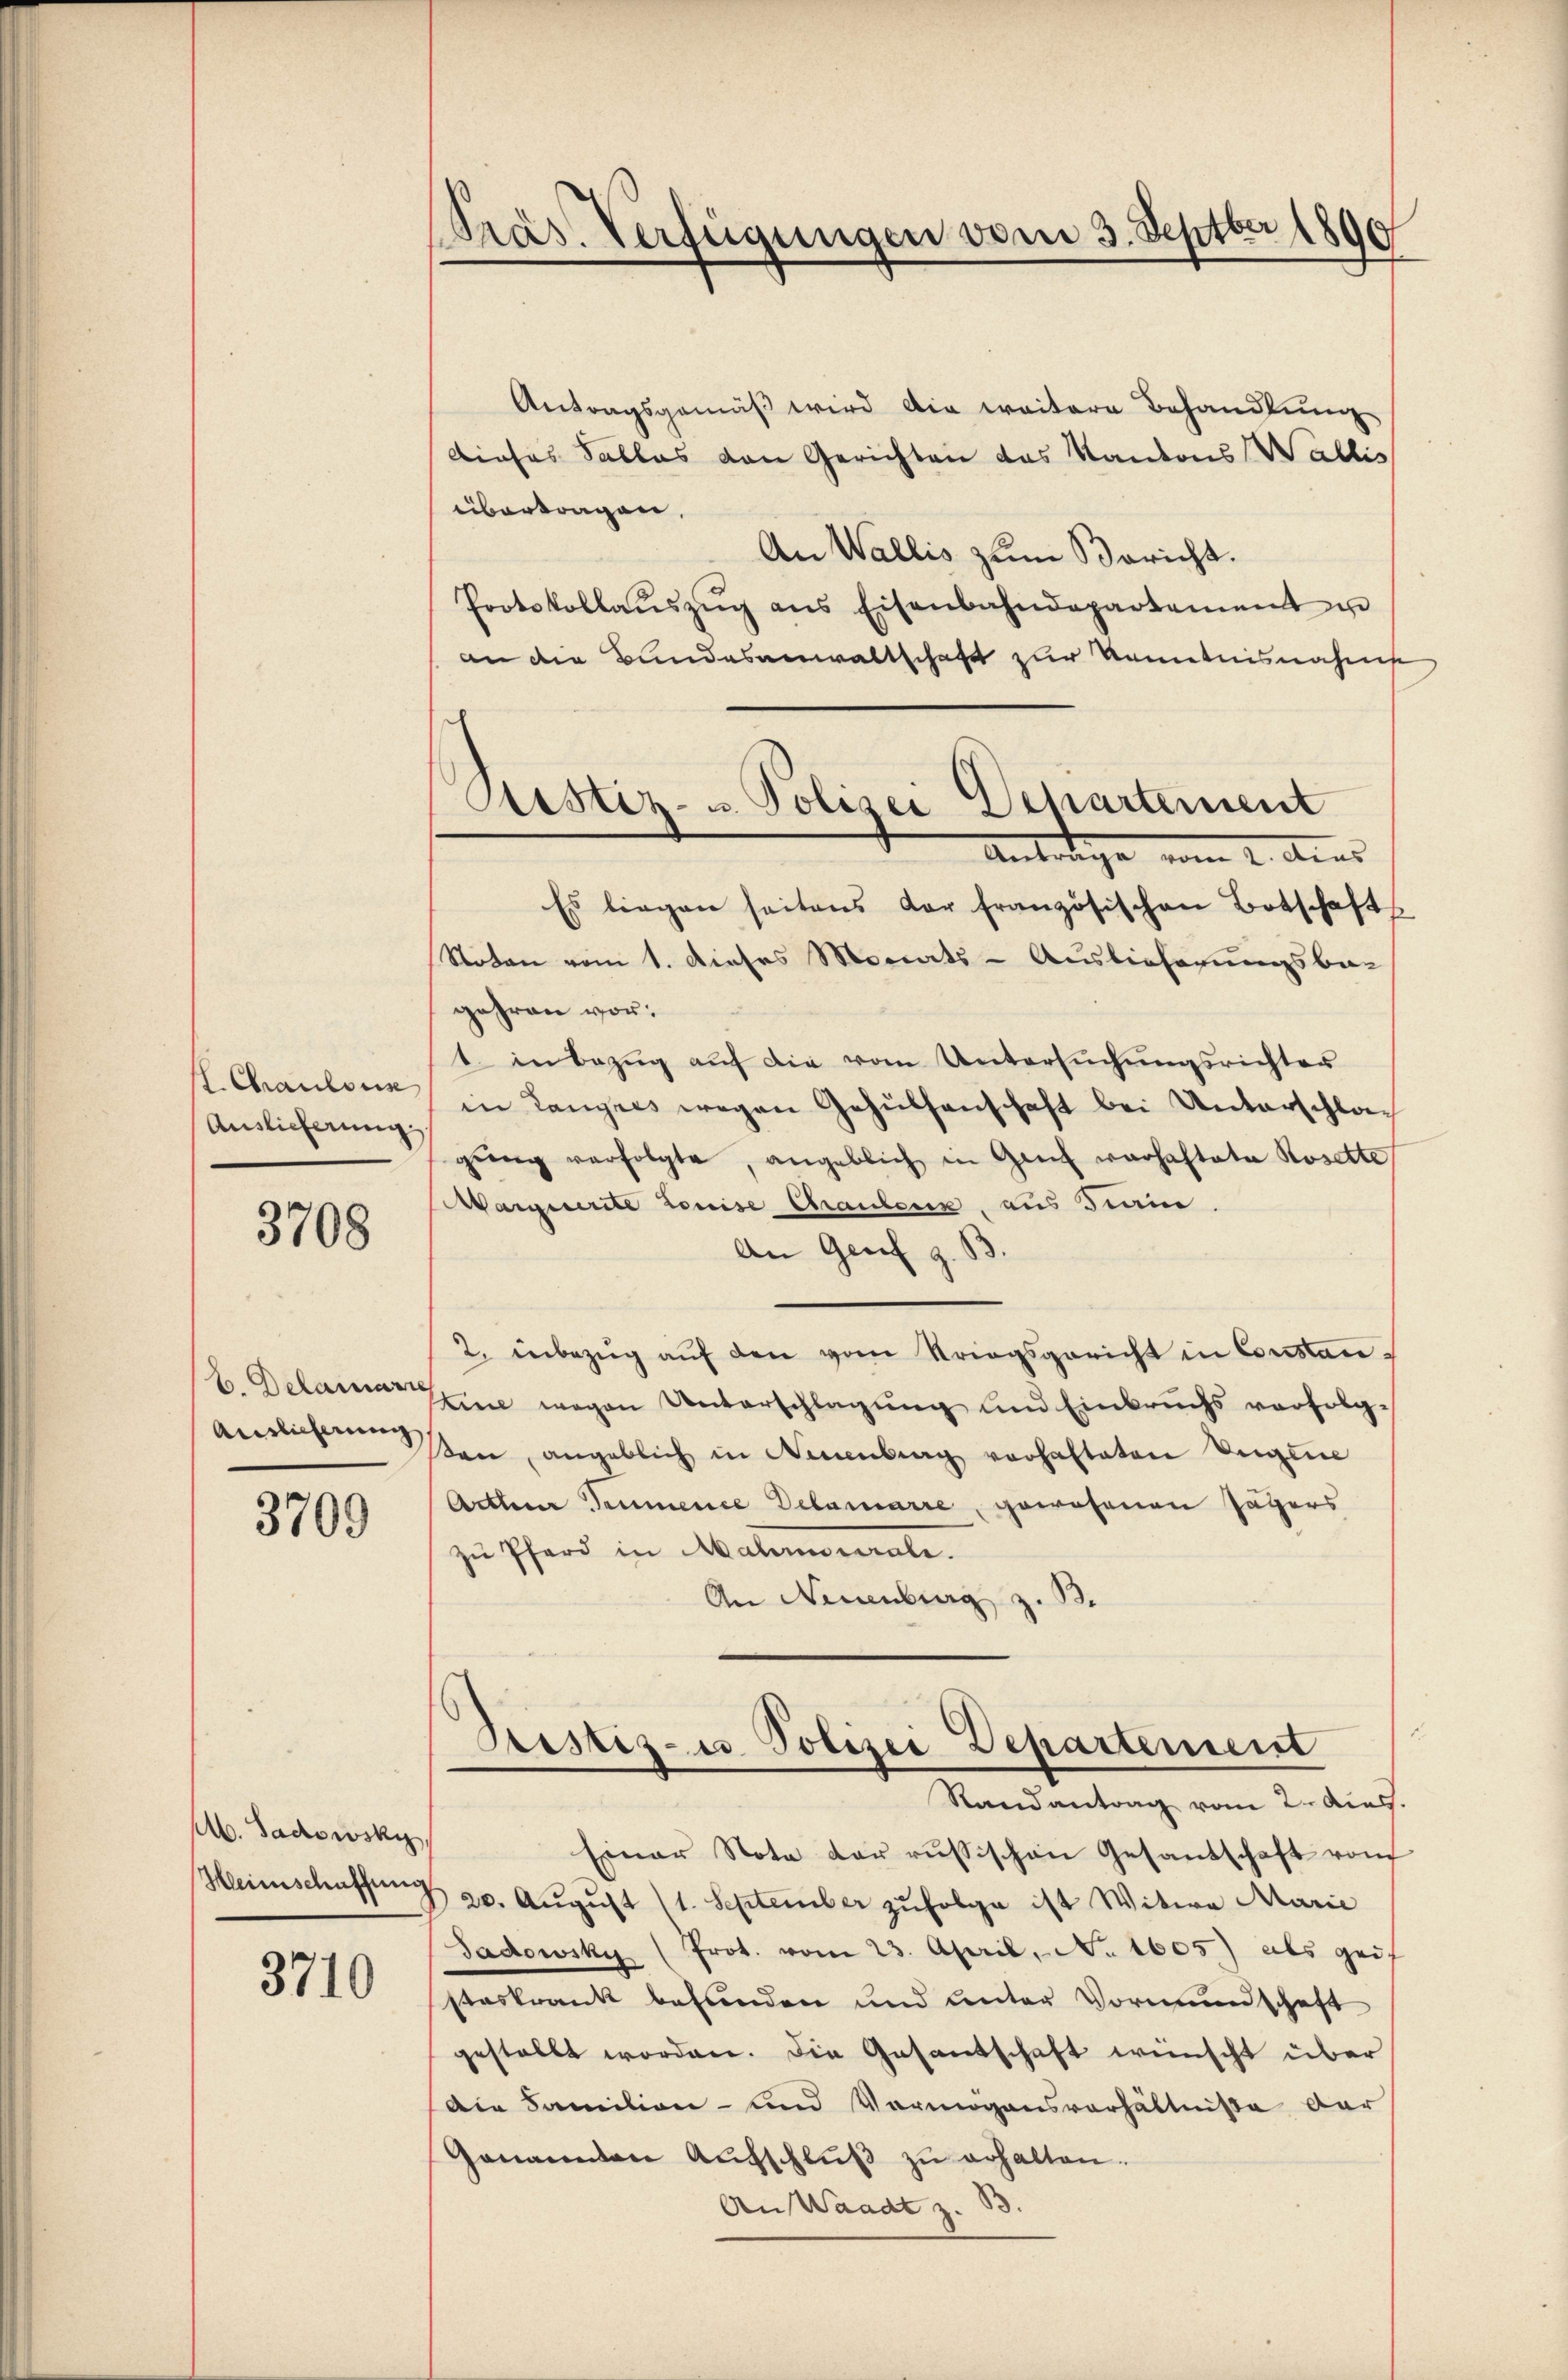
.Chausun
Auslieferung

3708

b. Delamarr
Auslieferung

3709

A. Gadowsky,

3710

Pras. Verfügungen vom 3. Septbr 1890

Antragsgemäβ wird die weitere Behandlung
Dieses Sallas den Gerichten das Kantons Wallis
übertragen,
An Wallis zum Bericht.
Protokollaŭszŭg ans Eisenbahndepartement u
an der Bundesanwaltschaft zur Kenntnisnahme
Es liegen seitens der französischen Botschaft
Noten vom 1. dieses Monats-Auslieferungsba-
gehren vor:
1. in Bezug auf die vom Untersŭchŭngsrichter
in Langels wegen Gehülfenschaft bei Unterschlagŭng verfolgte, angeblich in Genf warhaftete Rosette
Wargierte Louise Chauben, aus Train.
An Genf g.
2. inbezug auf den vom Kriegsgericht in Constan¬
Itine wegen Unterschlagung und Einbruchs verfolgen, angeblich in Neuenburg verhafteten Eigene
Arthur Trumence Delamarre, gewesenen Jägers
zu Pfarr in Mahnverale.
An Neuenburg z. B.
Bestiz- u Polizei Departement
Randantrag vom 2. Aug.
Einer Note der russischen Gesantschaft von
Meeinschaffung 20. Aŭgŭst (1. September zufolge ist Witwe Marie
Sadowsky (Prot. vom 23. April, No. 1605) als Zeit
steskrank befunden und unter Vormundschaft
gestellt worden. Die Gesantschaft wünscht über
Die Familien- und Vermögensverhältniße dar
Genannten Aŭfschlŭβ zŭ erhalten.
An Waadt z. 13.

Ristiz- u. Polizei Departement
Antrage vom 2. Aus